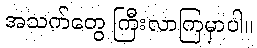
အသက်တွေ ကြီးလာကြမှာပါ။